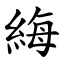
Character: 䋦